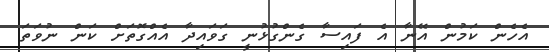
އެހެން ކަމުން އޭނާ އެ ފައިސާ ގެންގުޅުނީ ގަވައިދާ އެއްގޮތަށް ކަން ނުވަތަ